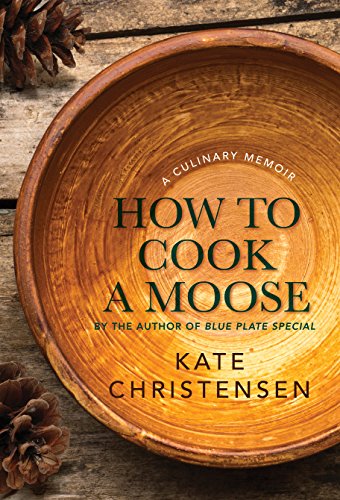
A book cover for How to Cook a Moose: A Culinary Memoir; Kate Christensen; Cookbooks, Food & Wine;